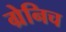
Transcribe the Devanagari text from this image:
ग्रेनिच